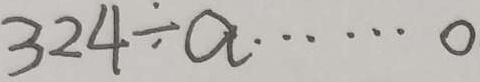
3 2 4 \div a \cdots 0